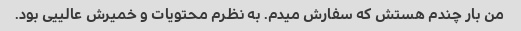
من بار چندم هستش که سفارش میدم. به نظرم محتویات و خمیرش عالییی بود.